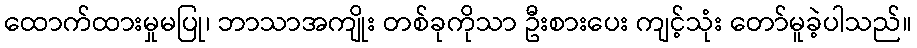
ထောက်ထားမှုမပြု၊ ဘာသာအကျိုး တစ်ခုကိုသာ ဦးစားပေး ကျင့်သုံး တော်မူခဲ့ပါသည်။